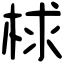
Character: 梂